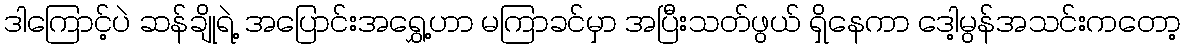
ဒါကြောင့်ပဲ ဆန်ချိုရဲ့ အပြောင်းအရွှေ့ဟာ မကြာခင်မှာ အပြီးသတ်ဖွယ် ရှိနေကာ ဒေါ့မွန်အသင်းကတော့